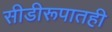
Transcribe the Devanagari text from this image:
सीडीरूपातही